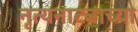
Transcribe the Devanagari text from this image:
नृत्यनाट्याच्या